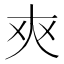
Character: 𰋜